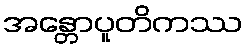
အန္တောပူတိကဿ